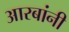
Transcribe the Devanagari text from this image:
आरबांनी